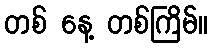
တစ် နေ့ တစ်ကြိမ်။